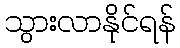
သွားလာနိုင်ရန်